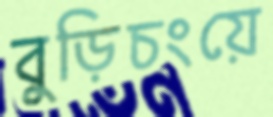
বুড়িচংয়ে